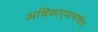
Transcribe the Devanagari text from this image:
अधिकार्‍यामार्फत